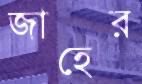
জাহের